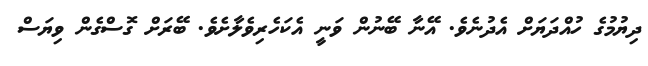
ދިޔުމުގެ ހުއްދަޔަށް އެދުނެވެ. އޭނާ ބޭނުން ވަނީ އެކަހެރިވެލާށެވެ. ބޭރަށް ގޮސްގެން ވިޔަސް